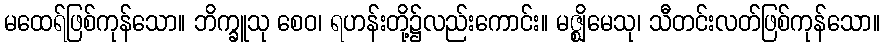
မထေရ်ဖြစ်ကုန်သော။ ဘိက္ခူသု စေဝ၊ ရဟန်းတို့၌လည်းကောင်း။ မဇ္ဈိမေသု၊ သီတင်းလတ်ဖြစ်ကုန်သော။